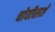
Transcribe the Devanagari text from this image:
चोवीसशे